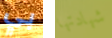
بي شهادتها